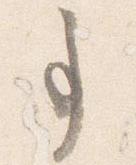
事